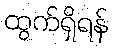
ထွက်ရှိရန်